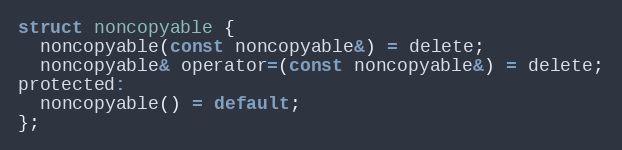
Language: C
struct noncopyable {
  noncopyable(const noncopyable&) = delete;
  noncopyable& operator=(const noncopyable&) = delete;
protected:
  noncopyable() = default;
};